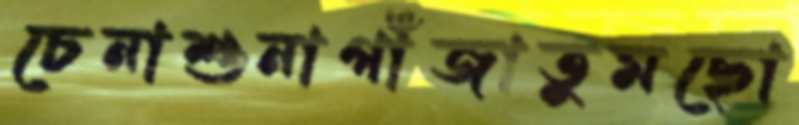
চেনাশুনাগাঁজাতুমছো